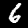
Label: 6